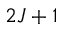
2 J + 1